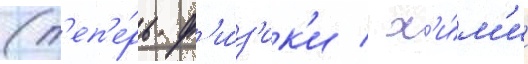
(т'еп'е́рь ф'и́з'ик'и / х'и́м'ии